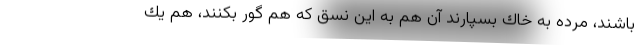
باشند، مرده به خاك بسپارند آن هم به اين نسق كه هم گور بكنند، هم يك